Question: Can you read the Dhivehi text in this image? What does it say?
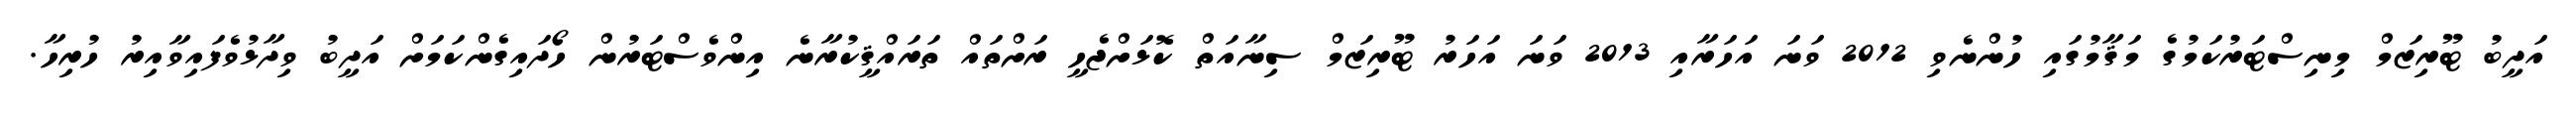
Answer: އަދީބު ޓޫރިޒަމް މިނިސްޓަރުކަމުގެ މަޤާމުގައި ހުންނެވި 2012 ވަނަ އަހަރާއި 2013 ވަނަ އަހަރު ޓޫރިޒަމް ސިނާއަތް ކޮޅަށްޖެހީ ރަށްތައް ތަރައްޤީކުރާނެ އިންވެސްޓަރުން ހޯދައިގެންކަމަށް އަދީބު ވިދާޅުވެފައިވާއިރު ހުރިހާ.